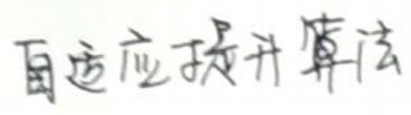
自适应提升算法